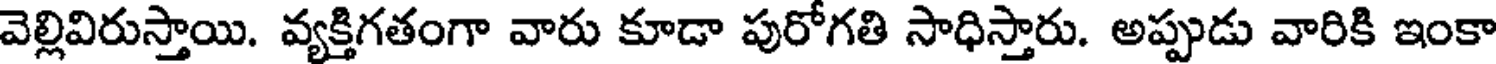
వెల్లివిరుస్తాయి. వ్యక్తిగతంగా వారు కూడా పురోగతి సాధిస్తారు. అప్పుడు వారికి ఇంకా